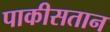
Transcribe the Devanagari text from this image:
पाकीसतान